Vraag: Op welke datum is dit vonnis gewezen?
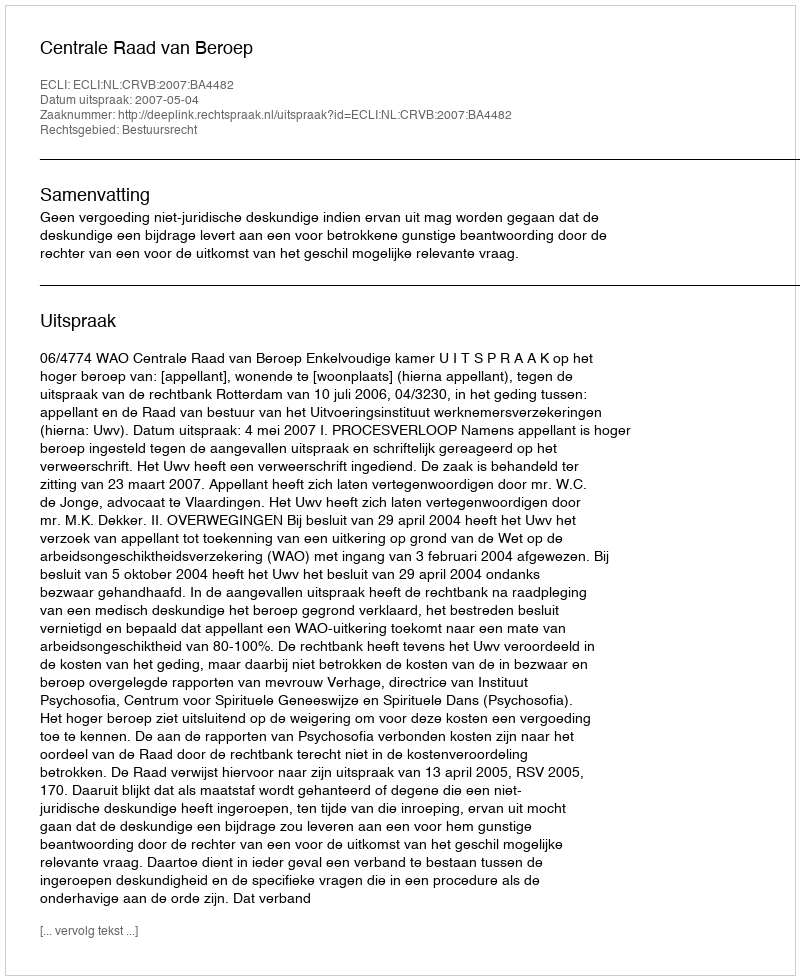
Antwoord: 2007-05-04